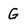
Character: G